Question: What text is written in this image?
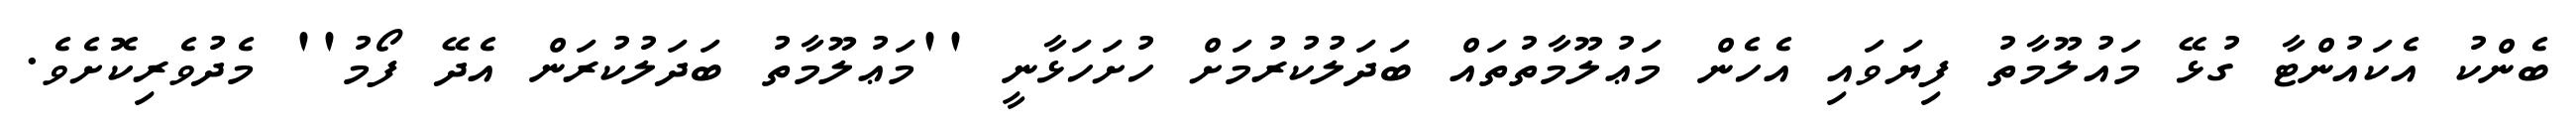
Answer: ބެންކު އެކައުންޓާ ގުޅޭ މައުލޫމާތު ފިޔަވައި އެހެން މަޢުލޫމާތުތައް ބަދަލުކުރުމަށް ހުށަހަޅާނީ ''މަޢުލޫމާތު ބަދަލުކުރަން އެދޭ ފޯމު'' މެދުވެރިކޮށެވެ.